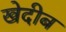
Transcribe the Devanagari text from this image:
खेदीब